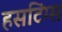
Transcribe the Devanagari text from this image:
हसटिंग्स